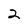
Character: 2